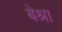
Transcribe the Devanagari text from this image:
बेश्रा